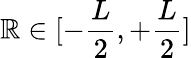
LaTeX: \mathbb{R}\in[-\frac{{L}}{{2}},+\frac{{L}}{{2}}]